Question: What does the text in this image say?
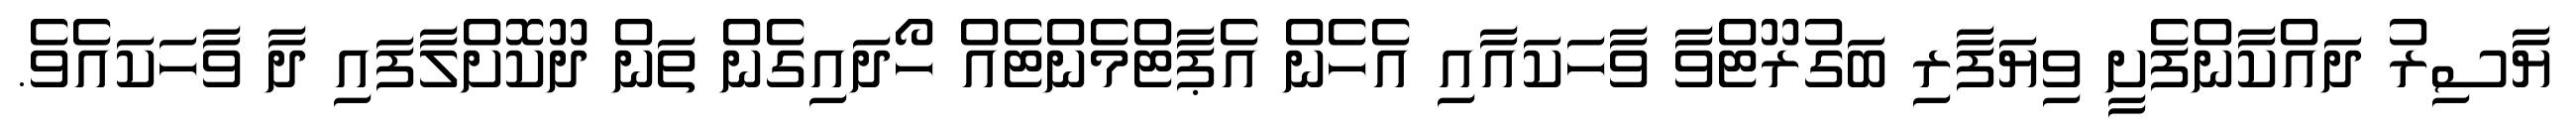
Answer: ޔާސިރު ދައްކާންފެށީ ވިޔަފާރި ބަގުރޫޓްވާ ވާހަކައާއި އެހެން އެޕާޓްމެންޓެއް ހޯދައިގެން ތަން ދޫކޮށްލާފައި ދާ ވާހަކައެވެ.